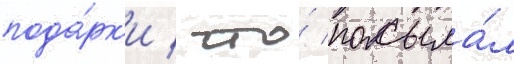
пода́рк'и / что́ посыла́л